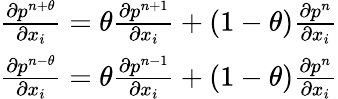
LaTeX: \begin{array}{r}{\frac{\partial{{p}^{n+\theta}}}{\partial{{x}_{i}}}=\theta\frac{\partial{{p}^{n+1}}}{\partial{{x}_{i}}}+\left(1-\theta\right)\frac{\partial{{p}^{n}}}{\partial{{x}_{i}}}}\\ {\frac{\partial{{p}^{n-\theta}}}{\partial{{x}_{i}}}=\theta\frac{\partial{{p}^{n-1}}}{\partial{{x}_{i}}}+\left(1-\theta\right)\frac{\partial{{p}^{n}}}{\partial{{x}_{i}}}}\end{array}